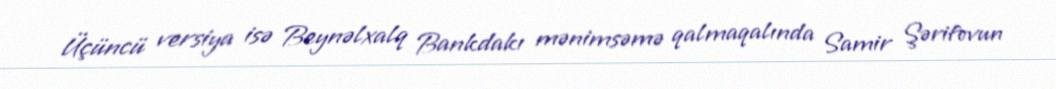
Üçüncü versiya isə Beynəlxalq Bankdakı mənimsəmə qalmaqalında Samir Şərifovun